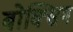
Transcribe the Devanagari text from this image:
बोक्सिग